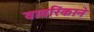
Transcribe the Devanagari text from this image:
वावरिंकाने